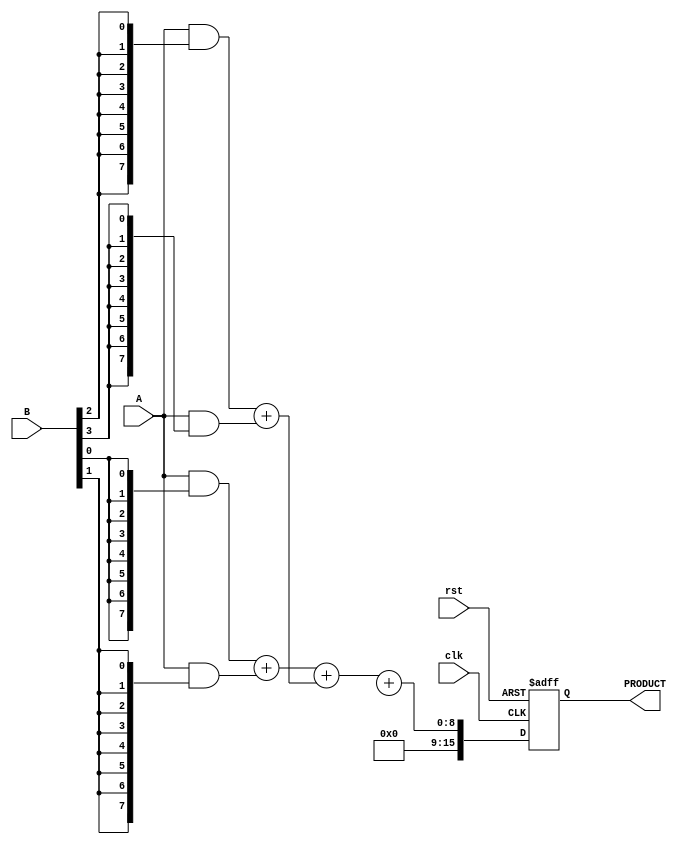
module pipelined_wallace_tree_multiplier #(
    parameter N = 8  // Width of input data
) (
    input clk,
    input rst,
    input [N-1:0] A,
    input [N-1:0] B,
    output reg [2*N-1:0] PRODUCT
);

    // Internal wires for partial products
    wire [N-1:0] pp[N-1:0]; // Partial products: pp[i] = A & {B[i], B[i], ..., B[i]}

    // Generate partial products
    genvar i;
    generate
        for (i = 0; i < N; i = i + 1) begin : gen_partial_products
            assign pp[i] = A & {N{B[i]}};
        end
    endgenerate

    // Wallace tree reduction
    wire [N-1:0] sum_level1 [N/2-1:0]; // First level of sums
    wire [N/2-1:0] carry_level1; // First level of carries

    // First level reduction
    generate
        for (i = 0; i < N/2; i = i + 1) begin : level1_reduction
            if (i < (N-1)/2) begin
                assign {carry_level1[i], sum_level1[i]} = pp[2*i] + pp[2*i + 1];
            end
        end
    endgenerate

    // Second level of reduction
    wire [N-1:0] sum_level2 [N/4-1:0]; // Second level of sums
    wire [N/4-1:0] carry_level2; // Second level of carries

    generate
        for (i = 0; i < N/4; i = i + 1) begin : level2_reduction
            if (i < (N-1)/4) begin
                assign {carry_level2[i], sum_level2[i]} = sum_level1[2*i] + sum_level1[2*i + 1];
            end
        end
    endgenerate

    // Final addition using carry propagation
    wire [N-1:0] final_sum;
    wire final_carry;

    assign {final_carry, final_sum} = sum_level2[0] + sum_level2[1];

    // Output register
    always @(posedge clk or posedge rst) begin
        if (rst) begin
            PRODUCT <= 0;
        end else begin
            PRODUCT <= {final_carry, final_sum}; // Register the final product
        end
    end

endmodule